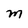
Character: M